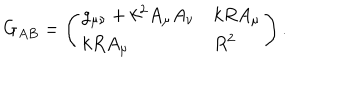
G _ { A B } = \left( \begin{array} { l l } { { g _ { \mu \nu } + k ^ { 2 } A _ { \mu } A _ { \nu } } } & { { k R A _ { \mu } } } \\ { { k R A _ { \mu } } } & { { R ^ { 2 } } } \\ \end{array} \right) .